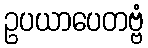
ဥပယာပေတဗ္ဗံ